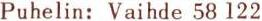
Puhelin: Vaihde 58 122